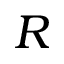
R